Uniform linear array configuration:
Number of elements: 4
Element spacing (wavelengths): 0.75
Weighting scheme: uniform
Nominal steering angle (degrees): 0
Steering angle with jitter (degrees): -0.5343
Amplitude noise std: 0.05
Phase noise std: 0.05

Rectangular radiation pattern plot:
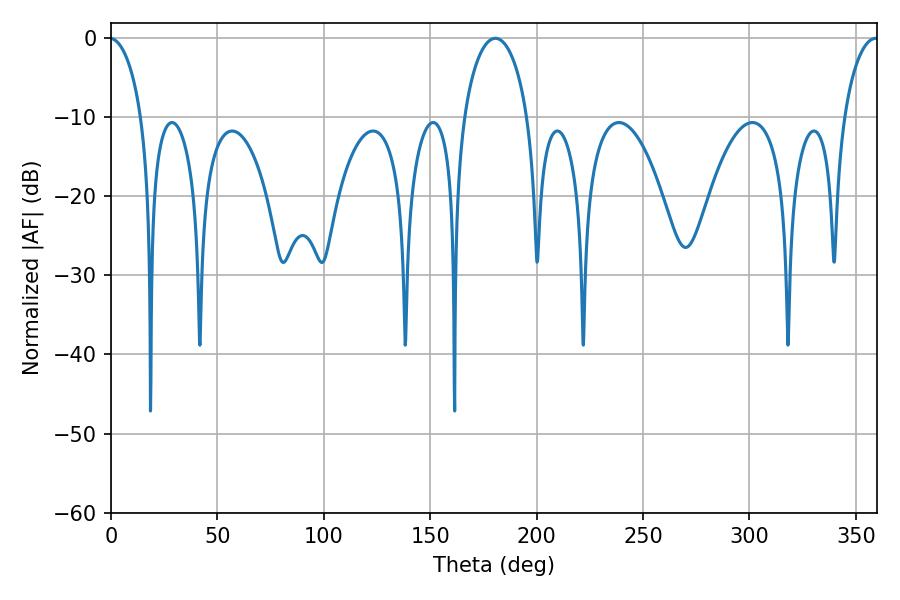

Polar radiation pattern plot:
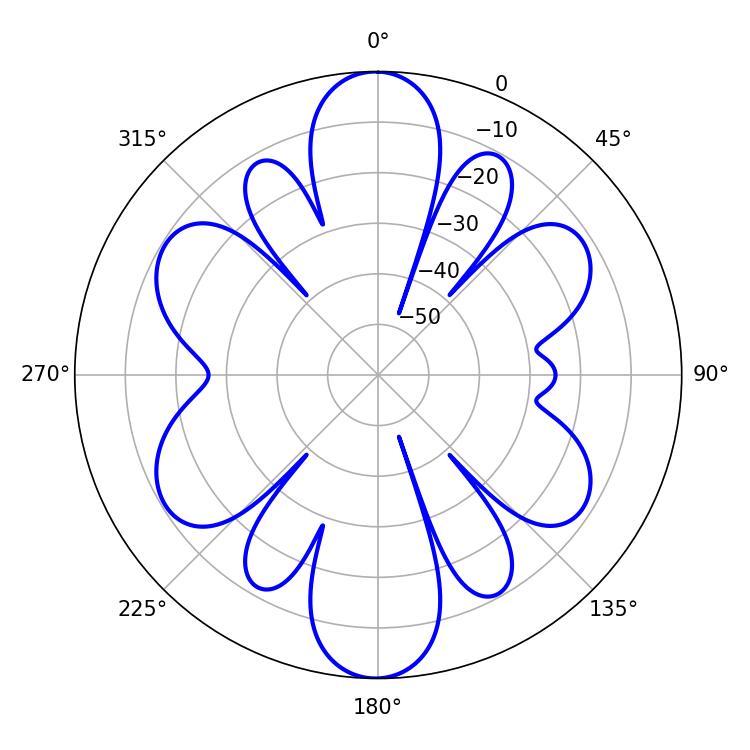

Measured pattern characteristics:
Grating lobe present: TRUE
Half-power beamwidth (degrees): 17.28
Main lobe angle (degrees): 180.54